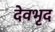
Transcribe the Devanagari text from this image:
देवभृद